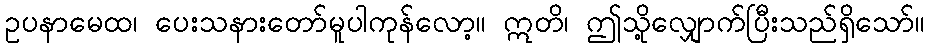
ဥပနာမေထ၊ ပေးသနားတော်မူပါကုန်လော့။ ဣတိ၊ ဤသို့လျှောက်ပြီးသည်ရှိသော်။